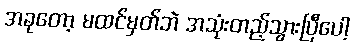
အခုတော့ မထင်မှတ်ဘဲ အသုံးတည့်သွားပြီပေါ့